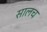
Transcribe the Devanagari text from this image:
सालच